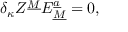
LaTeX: \delta _ { \kappa } Z ^ { \underline { { M } } } E _ { \underline { { M } } } ^ { \underline { { a } } } = 0 ,